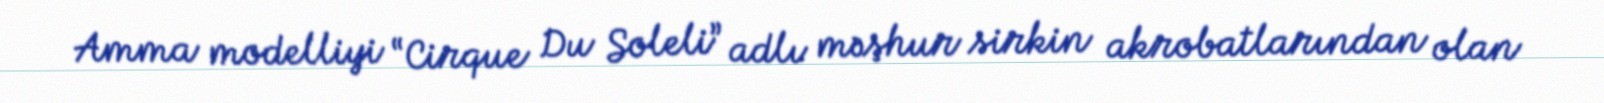
Amma modelliyi “Cirque Du Soleli” adlı məşhur sirkin akrobatlarından olan